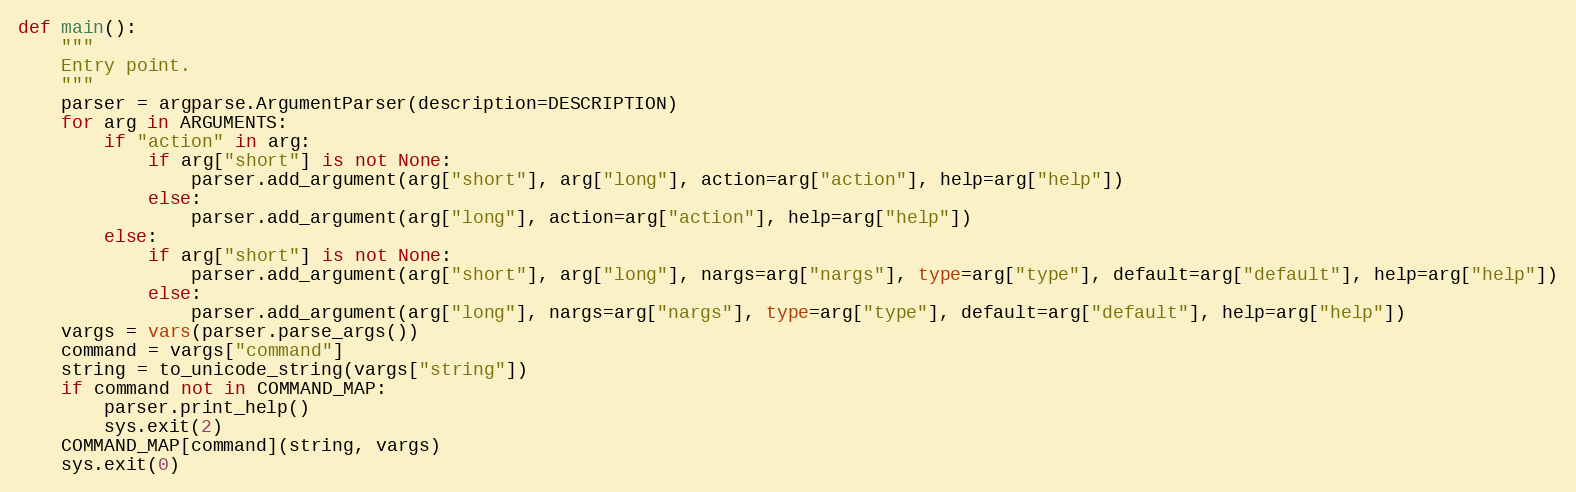
Language: Python
def main():
    """
    Entry point.
    """
    parser = argparse.ArgumentParser(description=DESCRIPTION)
    for arg in ARGUMENTS:
        if "action" in arg:
            if arg["short"] is not None:
                parser.add_argument(arg["short"], arg["long"], action=arg["action"], help=arg["help"])
            else:
                parser.add_argument(arg["long"], action=arg["action"], help=arg["help"])
        else:
            if arg["short"] is not None:
                parser.add_argument(arg["short"], arg["long"], nargs=arg["nargs"], type=arg["type"], default=arg["default"], help=arg["help"])
            else:
                parser.add_argument(arg["long"], nargs=arg["nargs"], type=arg["type"], default=arg["default"], help=arg["help"])
    vargs = vars(parser.parse_args())
    command = vargs["command"]
    string = to_unicode_string(vargs["string"])
    if command not in COMMAND_MAP:
        parser.print_help()
        sys.exit(2)
    COMMAND_MAP[command](string, vargs)
    sys.exit(0)